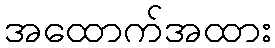
အထောက်အထား